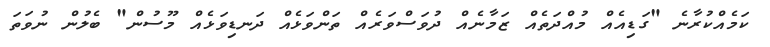
ކަމެއްކުރާނެ "ގަޑިއެއް މުއްދަތެއް ޒަމާނެއް ދުވަސްވަރެއް ތަންވަޅެއް ދަނޑިވަޅެއް މޫސުން" ބެލުން ނުވަތަ